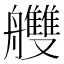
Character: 艭